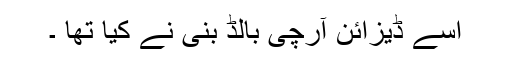
اسے ڈیزائن آرچی بالڈ بنی نے کیا تھا ۔